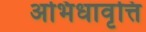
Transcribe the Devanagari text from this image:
अभिधावृत्ति